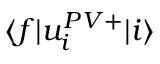
\langle f | u _ { i } ^ { P V + } | i \rangle